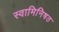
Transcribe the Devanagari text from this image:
स्वामिनिषठ